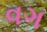
વગ